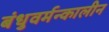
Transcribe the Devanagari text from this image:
बंधुवर्मन्कालीन